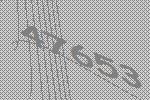
47653